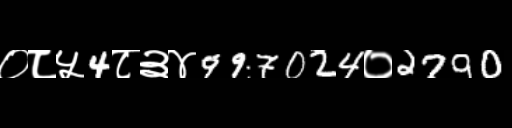
Text: ०८५4८३४997024०2790